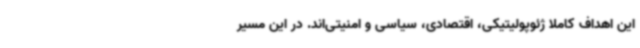
این اهداف کاملا ژئوپولیتیکی، اقتصادی، سیاسی و امنیتی‌اند. در این مسیر